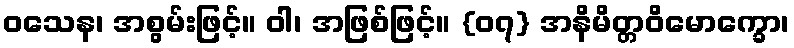
ဝသေန၊ အစွမ်းဖြင့်။ ဝါ၊ အဖြစ်ဖြင့်။ {၀၇} အနိမိတ္တဝိမောက္ခော၊